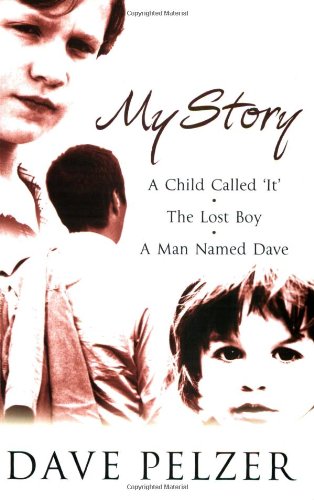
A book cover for My Story: "A Child Called It", "The Lost Boy", "A Man Named Dave"; Dave Pelzer; Self-Help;